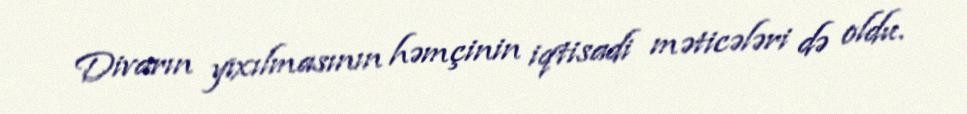
Divarın yıxılmasının həmçinin iqtisadi məticələri də oldu.